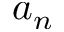
a _ { n }